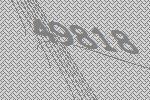
49818